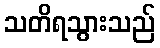
သတိရသွားသည်